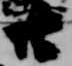
廿